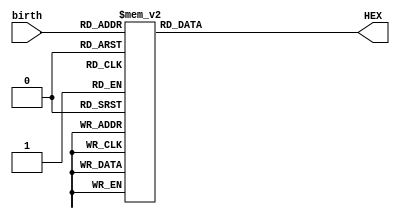
module Unit1b_Seg(
    input [3:0] birth,
    output reg [7:0] HEX
);
always @(birth)
begin
    case(birth)
        4'b0000: HEX = 8'b1100_0000;    //0
        4'b0001: HEX = 8'b1111_1001;    //1
        4'b0010: HEX = 8'b1010_0100;    //2
        4'b0011: HEX = 8'b1011_0000;    //3
        4'b0100: HEX = 8'b1001_1001;    //4
        4'b0101: HEX = 8'b1001_0010;    //5 
        4'b0110: HEX = 8'b1000_0010;    //6
        4'b0111: HEX = 8'b1111_1000;    //7
        4'b1000: HEX = 8'b1000_0000;    //8
        4'b1001: HEX = 8'b1001_1000;    //9
        4'b1010: HEX = 8'b1000_1000;    //A
        4'b1011: HEX = 8'b1000_0011;    //b
        4'b1100: HEX = 8'b1100_0110;    //C
        4'b1101: HEX = 8'b1010_0001;    //d
        4'b1110: HEX = 8'b1000_0110;    //E
        4'b1111: HEX = 8'b1000_1110;    //F
        default HEX= 8'b1111_1111;
    endcase
end
endmodule